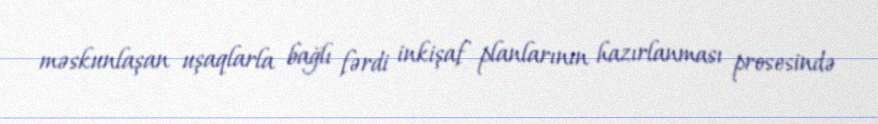
məskunlaşan uşaqlarla bağlı fərdi inkişaf planlarının hazırlanması prosesində